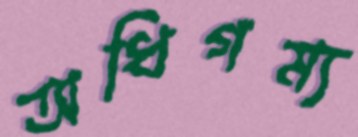
অধিগম্য